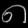
Digit: ၈